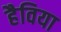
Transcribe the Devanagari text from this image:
हैविया